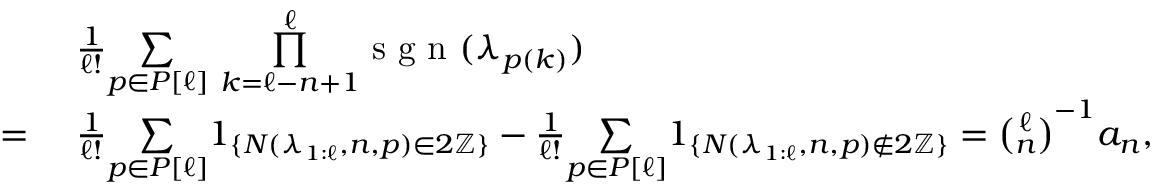
\begin{array} { r l } & { \frac { 1 } { \ell ! } \underset { p \in P [ \ell ] } { \sum } \ \overset { \ell } { \underset { k = \ell - n + 1 } { \prod } } \textup { s g n } ( \lambda _ { p ( k ) } ) } \\ { = \ } & { \frac { 1 } { \ell ! } \underset { p \in P [ \ell ] } { \sum } 1 _ { \{ N ( \lambda _ { 1 : \ell } , n , p ) \in 2 \mathbb { Z } \} } - \frac { 1 } { \ell ! } \underset { p \in P [ \ell ] } { \sum } 1 _ { \{ N ( \lambda _ { 1 : \ell } , n , p ) \notin 2 \mathbb { Z } \} } = \binom { \ell } { n } ^ { - 1 } a _ { n } , } \end{array}